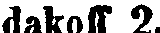
dakoff 2.